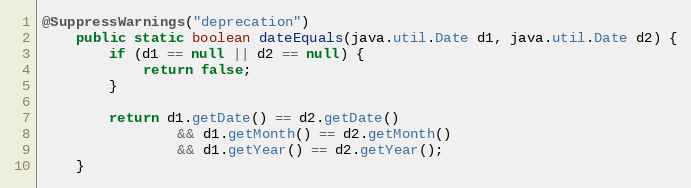
Language: Java
@SuppressWarnings("deprecation")
	public static boolean dateEquals(java.util.Date d1, java.util.Date d2) {
        if (d1 == null || d2 == null) {
            return false;
        }

        return d1.getDate() == d2.getDate()
                && d1.getMonth() == d2.getMonth()
                && d1.getYear() == d2.getYear();
    }